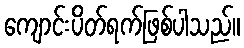
ကျောင်းပိတ်ရက်ဖြစ်ပါသည်။